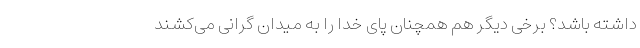
داشته باشد؟ برخی دیگر هم همچنان پای خدا را به میدان گرانی می‌کشند